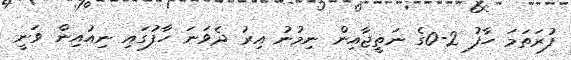
ފުރަތަމަ ހާފު 2-0ގެ ނަތީޖާއިން ނިމުނު އިރު ދެވަނަ ހާފުގައި ނިއުއިން ވަނީ